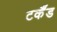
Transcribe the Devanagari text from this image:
टर्कैंड